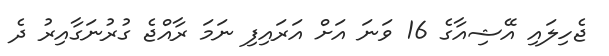
ޖެހިލައި އޭޝިއާގެ 16 ވަނަ އަށް އަރައިފި ނަމަ ރާއްޖެ ގުރުނަގާއިރު ދެ